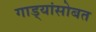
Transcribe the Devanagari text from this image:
गाड्यांसोबत